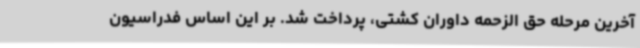
آخرین مرحله حق الزحمه داوران کشتی، پرداخت شد. بر این اساس فدراسیون